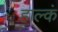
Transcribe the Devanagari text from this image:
हाल्कं